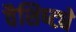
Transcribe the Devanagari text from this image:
वैशिष्‍ट्ये